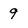
Character: 9